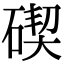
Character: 碶